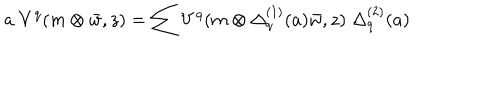
a \; V ^ { q } ( m \otimes \bar { w } , z ) = \sum V ^ { q } ( m \otimes \Delta _ { q } ^ { ( 1 ) } ( a ) \bar { w } , z ) \; \Delta _ { q } ^ { ( 2 ) } ( a )